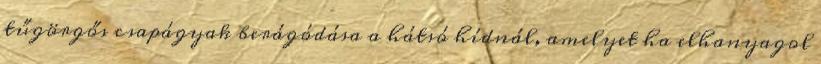
tűgörgős csapágyak berágódása a hátsó hídnál, amelyet ha elhanyagol